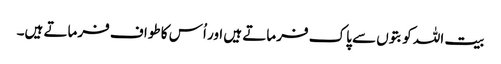
بیت اللہ کو بتوں سے پاک فرماتے ہیں اور اُس کا طواف فرماتے ہیں۔